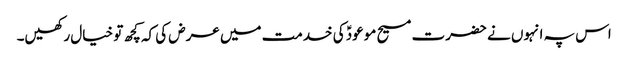
اس پہ انہوں نے حضرت مسیح موعودؑ کی خدمت میں عرض کی کہ کچھ تو خیال رکھیں۔